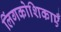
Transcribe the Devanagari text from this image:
लिंगकोशिकाएँ